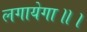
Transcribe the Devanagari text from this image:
लगायेगा॥।